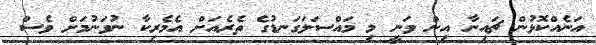
އަނެއްކޮޅުން ޗައިނާ އިން ވަނީ މި މައްސަލަގަނޑުގެ ތެރެއަށް އެމެރިކާ ނުވަނުމަށް ވެސް